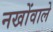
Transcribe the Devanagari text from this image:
नखोंवाले